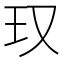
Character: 𪻍